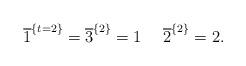
LaTeX: \begin{align*}\overline{1}^{\{t = 2\}} = \overline{3}^{\{2\}} = 1~~~~\overline{2}^{\{2\}} = 2.\end{align*}